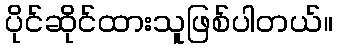
ပိုင်ဆိုင်ထားသူဖြစ်ပါတယ်။